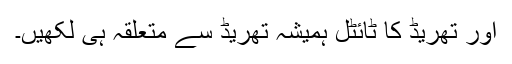
اور تھریڈ کا ٹائٹل ہمیشہ تھریڈ سے متعلقہ ہی لکھیں۔